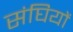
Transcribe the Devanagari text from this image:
संघियों